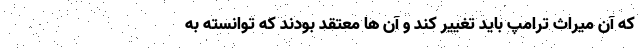
که آن میراث ترامپ باید تغییر کند و آن ها معتقد بودند که توانسته به